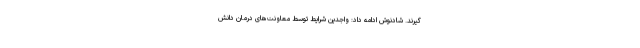
‌گیرند. شادنوش ادامه داد: واجدین شرایط توسط معاونت‌های درمان دانش